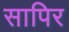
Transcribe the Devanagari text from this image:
सापिर